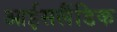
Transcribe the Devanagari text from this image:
आईसलैंडिक